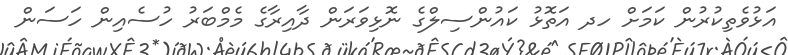
އަޅުވެތިކުރުން ކަމަށް ހދ އަތޮޅު ކައުންސިލްގެ ނޮޅިވަރަން ދާއިރާގެ މެމްބަރު ހުސެއިން ހަސަން